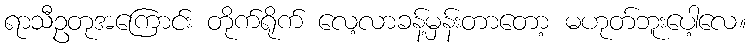
ရာသီဥတုအကြောင်း တိုက်ရိုက် လေ့လာခန့်မှန်းတာတော့ မဟုတ်ဘူးပေါ့လေ။